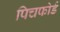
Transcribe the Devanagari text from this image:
पिचफोर्ड